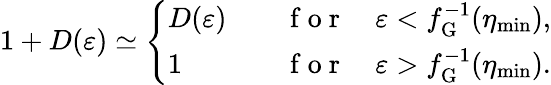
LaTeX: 1+D(\varepsilon)\simeq\left\{ \begin{array}{ll}{D(\varepsilon)\quad}&{\mathrm{~f~o~r~}\quad\varepsilon<f_{\mathrm{G}}^{-1}(\eta_{\mathrm{min}}),}\\ {1\quad}&{\mathrm{~f~o~r~}\quad\varepsilon>f_{\mathrm{G}}^{-1}(\eta_{\mathrm{min}}).}\end{array}\right.